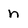
Character: h